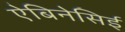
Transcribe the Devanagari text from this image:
ऐबिनेसिई